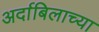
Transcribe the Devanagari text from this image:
अर्दाबिलाच्या